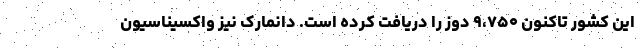
این کشور تاکنون ۹،۷۵۰ دوز را دریافت کرده است. دانمارک نیز واکسیناسیون